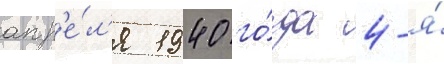
апр'е́л'я 1940 го́да 4-я́